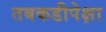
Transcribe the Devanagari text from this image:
तबकडीपेक्षा